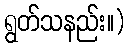
ရွတ်သနည်း။)